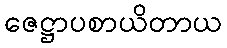
ဇေဋ္ဌာပစာယိတာယ